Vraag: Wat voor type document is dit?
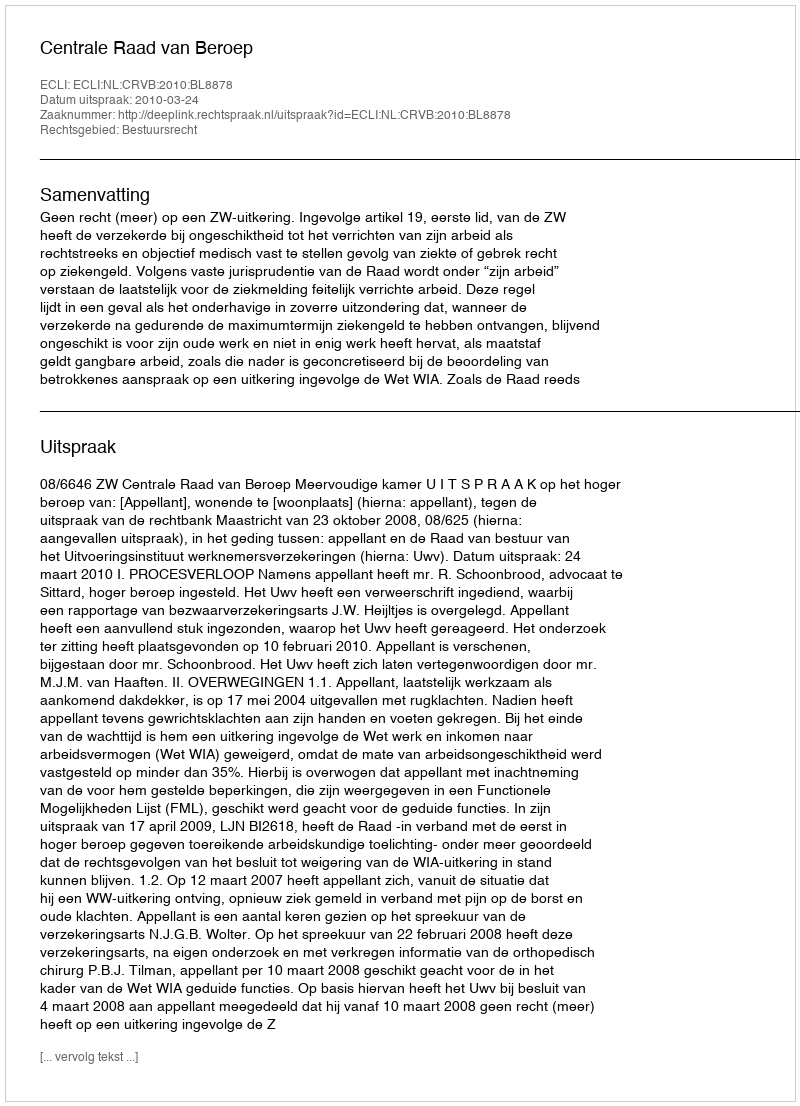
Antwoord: Uitspraak